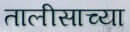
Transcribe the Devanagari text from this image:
तालीसाच्या